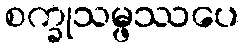
စက္ခုသမ္ဖဿပေ